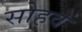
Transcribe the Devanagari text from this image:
सोहवें